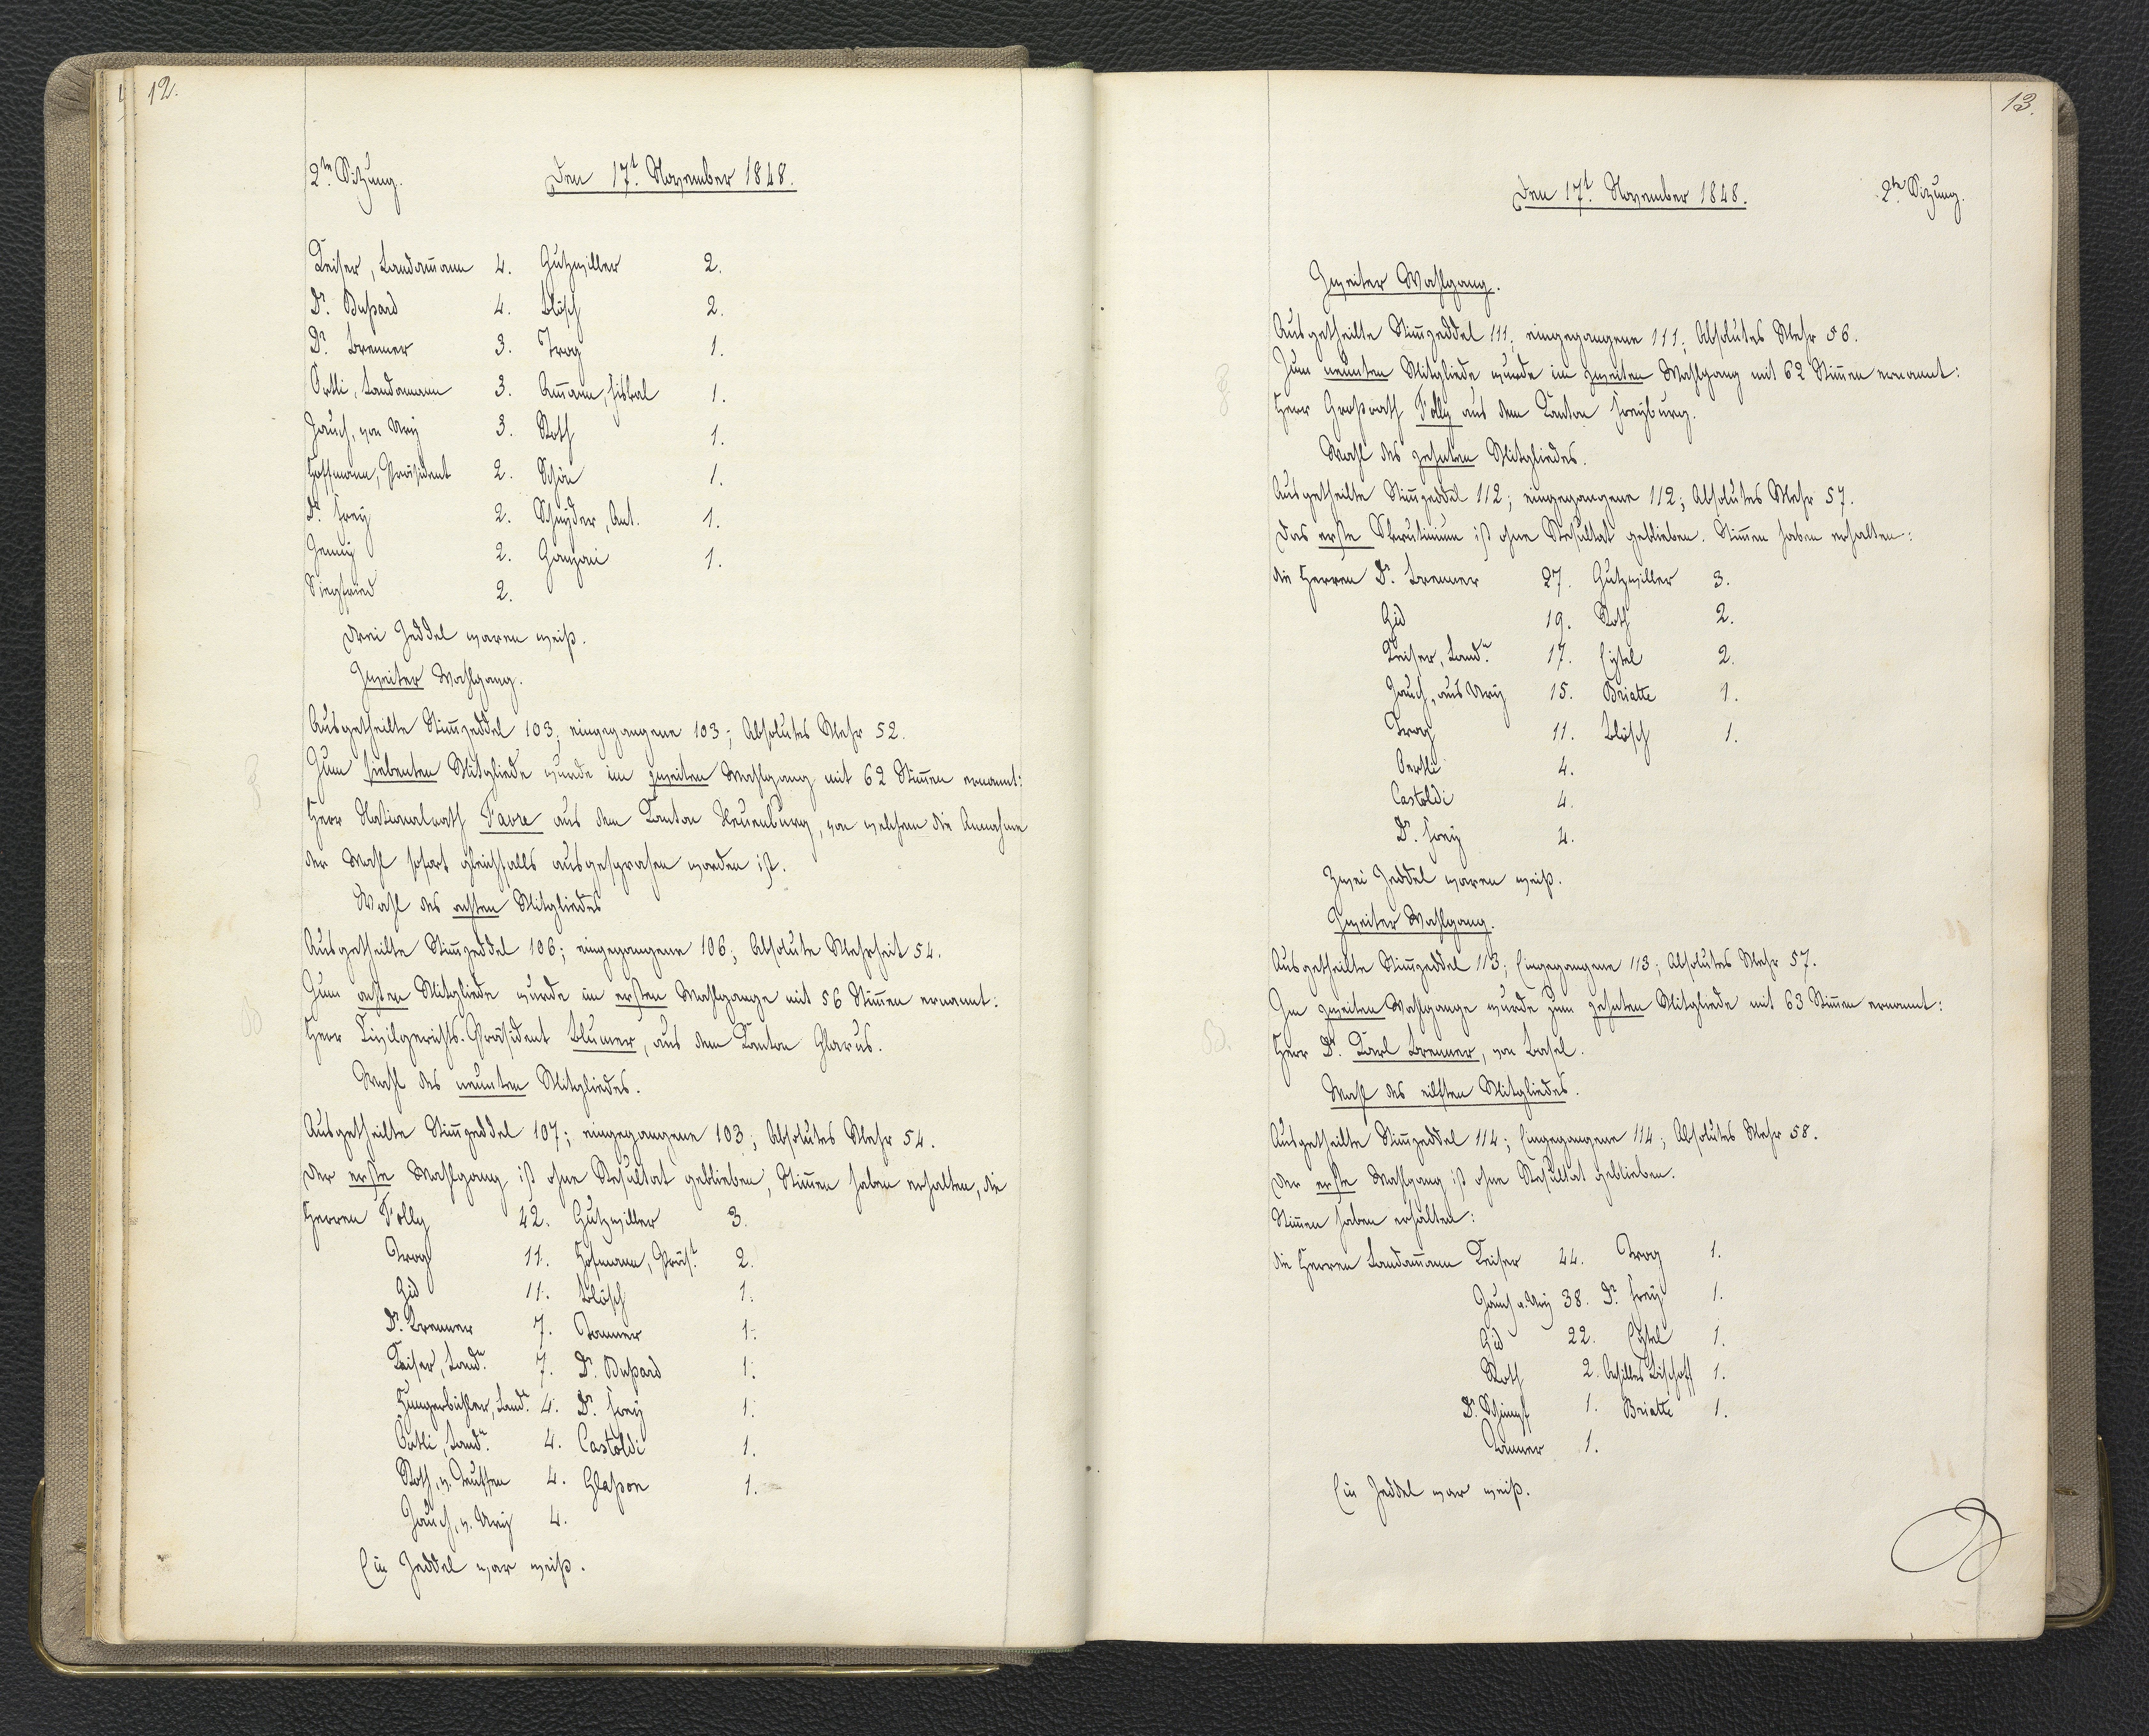
12.

2.te Sitzung.
Den 17.t November 1848.

Keiser, Landammann 4. Gutzwiller 2.
Dr. Dussard 4. Blösch 2.
Dr. Brenner 3. Trog 1.
Örtli, Landammann 3. Ammann xxx 1.
Jauch, von Ury 3. Roth 1.
Hoffmann, Präsident 2. Schön 1.
Dr. Frey 2. Schnyder, Ant. 1.
Jenny 2. Ganzoni 1.
Siegfried 2.
Drei Zeddel waren weiß.
Zweiter Wahlgang.
Ausgetheilte Stimmzeddel 103; eingegangene 103; Absolutes Mehr 52.
Zum siebenten Mitgliede wurde im zweiten Wahlgang mit 62 Stimmen ernannt:
Herr Nationalrath Favre aus dem Kanton Neuenburg, von welchem die Annahme
der Wahl sofort gleichfalls ausgesprochen worden ist.
Wahl des achten Mitgliedes
Ausgetheilte Stimmzeddel 106; eingegangene 106; Absolute Mehrheit 54.
Zum achten Mitgliede wurde im ersten Wahlgange mit 56 Stimmen ernannt:
Herr Civilgerichts-Präsident Blumer, aus dem Kanton Glarus.
Wahl des neunten Mitgliedes.
Ausgetheilte Stimmzeddel 107; eingegangene 103, Absolutes Mehr 54.
Der erste Wahlgang ist ohne Resultat geblieben, Stimmen haben erhalten, die
Herren Folly 42. Gutzwiller 3.
Trog 11. Hofmann, Präs.t 2.
Gid 11. Blösch 1.
Dr. Brenner 7. Tanner 1.
Kaiser, Land.r 7. Dr. Dußard 1.
Hungerbühler, Land.r 4. Dr. Frey 1.
Örtli, Land.r 4. Castoldi 1.
Roth, v. Teuffen 4. Glaßon 1.
Jauch, v. Ury 4.
Ein Zeddel war weiß.

13.

Den 17.t November 1848.
2.te Sitzung.

Inzeiten Wahlgang
Ausgetheilte Stimmzeddel 111; eingegangene 111; Absolutes Mehr 56.
Zum neunten Mitgliede wurde im zweiten Wahlgang mit 62 Stimmen ernannt:
Herr Großrath Folly aus dem Kanton Freyburg.
Wahl des zehnten Mitgliedes.
Ausgetheilte Stimmzeddel 112; eingegangene 112; Absolutes Mehr 57.
Das erste Skrutinium ist ohne Resultat geblieben. Stimmen haben erhalten:
die Herren Dr. Brenner 27. Gutzwiller 3.
Gid 19. Roth 2.
Keiser, Land.r 17. Eytel 2.
Jauch, aus Ury 15. Briatte 1.
Trog 11. Blösch 1.
Oertli 4.
Castoldi 4.
Dr. Frei 4.
Zwei Zeddel waren weiß.
Zweiter Wahlgang.
Ausgetheilte Stimmzeddel 113; Eingegangene 113; Absolutes Mehr 57.
Im zweiten Wahlgange wurde zum zehnten Mitgliede mit 63 Stimmen ernannt:
Herr Dr. Karl Brenner, von Basel.
Wahl des eilften Mitgliedes.
Ausgetheilte Stimmzeddel 114; Eingegangene 114; Absolutes Mehr 58.
der erste Wahlgang ist ohne Resultat geblieben.
Stimmen haben erhalten:
Die Herren Landammann Keiser 24. Trog 1.
Jauch v. Ury 38. Dr. Frey 1.
Gid 22. Eytel 1.
Roth 2. Achilles Bischoff 1.
Dr. Schimpf 1. Briatte 1.
Tanner 1.
Ein Zeddel war weiß.